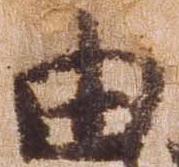
由